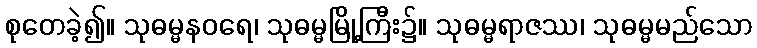
စုတေခဲ့၍။ သုဓမ္မနဝရေ၊ သုဓမ္မမြို့ကြီး၌။ သုဓမ္မရာဇဿ၊ သုဓမ္မမည်သော